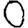
Digit: 0